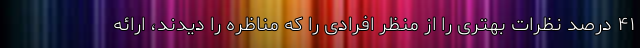
۴۱ درصد نظرات بهتری را از منظر افرادی را که مناظره را دیدند، ارائه